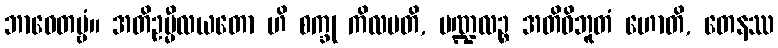
ဘာဝေတဗ္ဗံ။ အတိဥမ္မီလယတော ဟိ စက္ခု ကိလမတိ, မဏ္ဍလဉ္စ အတိဝိဘူတံ ဟောတိ, တေနဿ